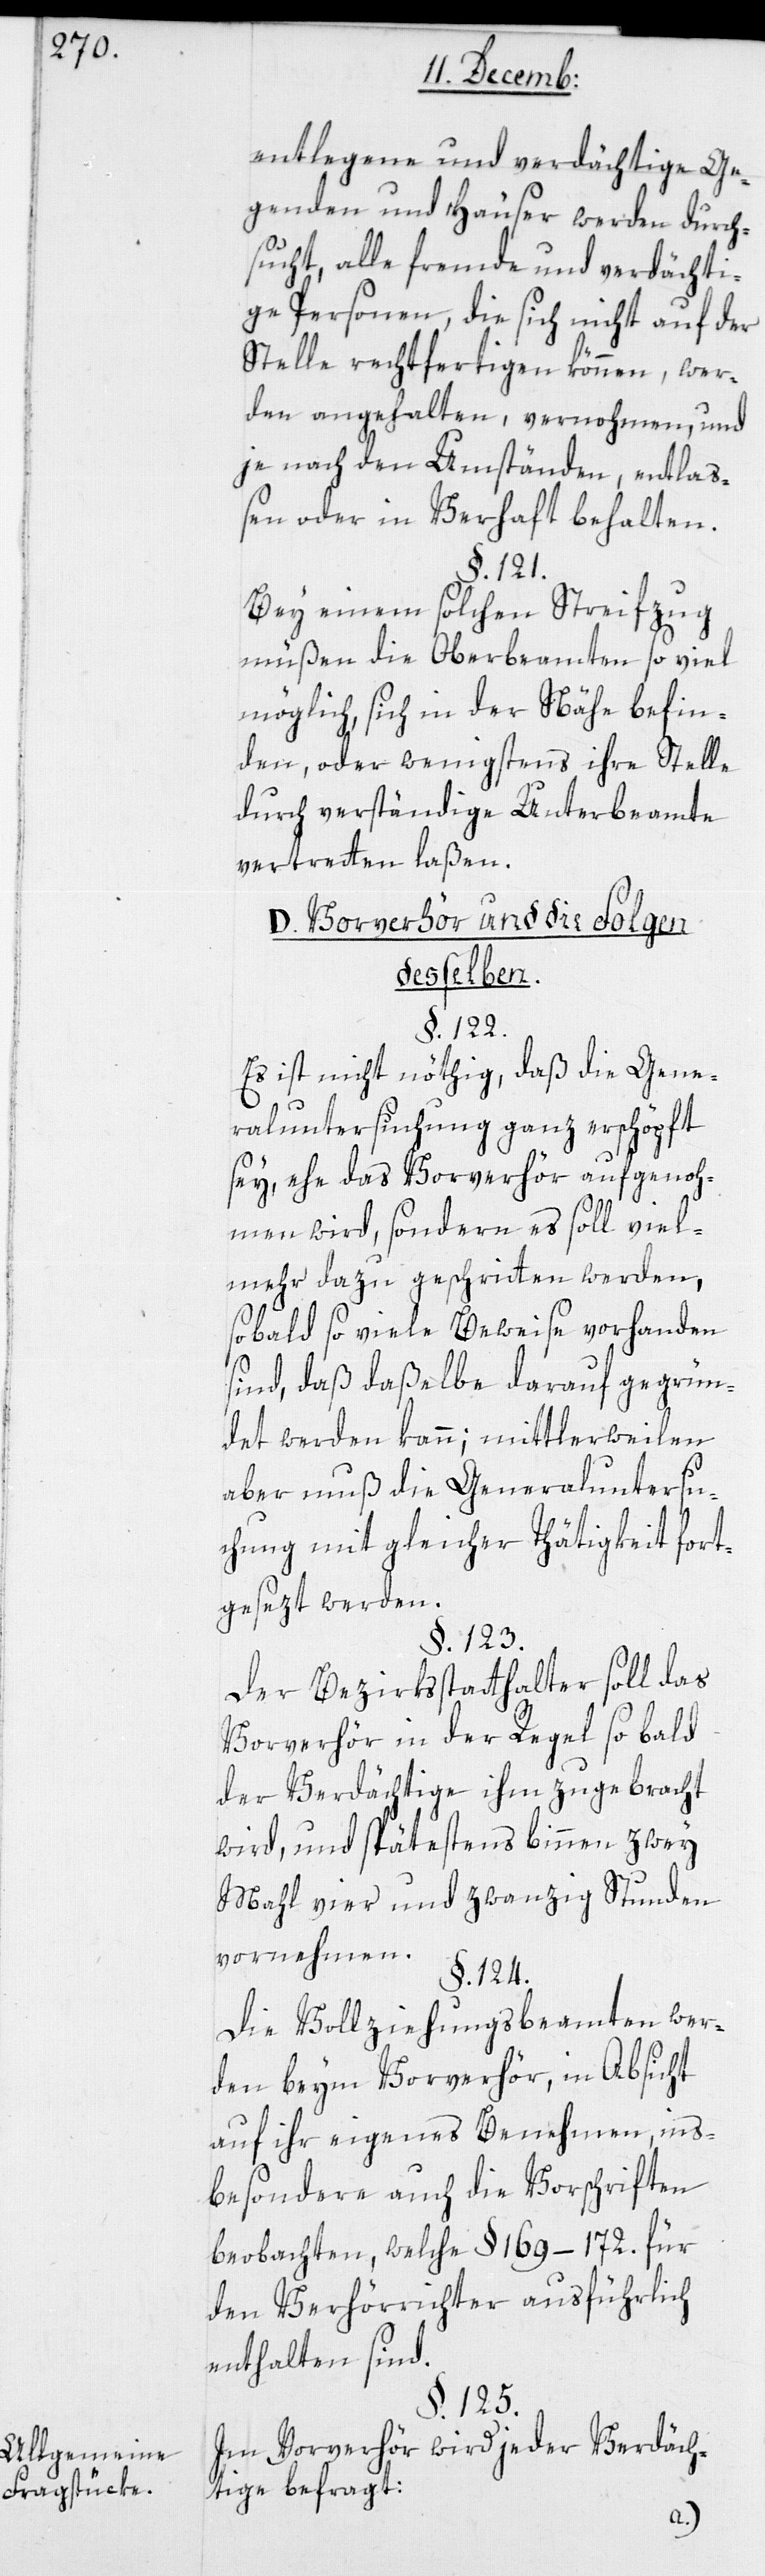
Allgemeine
Fragstücke.

entlegene und verdächtige Ge¬
genden und Häuser werden durch¬
sucht, alle fremde und verdächti¬
ge Personen, die sich nicht auf der
Stelle rechtfertigen können, wer¬
den angehalten, vernohmen und
je nach dem Umständen, entlaß¬
en oder in Verhaft behalten.
§. 121.
Bei einem solchen Streifzug
müßen die Oberbeamten so viel
möglich, sich in der Nähe befin¬
den, oder wenigstens ihre Stelle
durch verständige Unterbeamte
vertreten laßen.
D. Vorverhör und die Folgen
deßelben.
§. 122.
Es ist nicht nöthig, daß die Gene¬
raluntersuchung ganz erschöpft
sey, ehe das Vorverhör aufgenoh¬
men wird, sondern es soll viel¬
mehr dazu geschritten werden,
sobald so viele Beweise vorhanden
sind, daß daßelbe darauf gegrün¬
det werden kann; mittlerweilen
aber muß die Generaluntersu¬
chung mit gleicher Thätigkeit fort¬
gesezt werden.
§. 123.
Der Bezirksstatthalter soll das
Vorverhör in der Regel so bald
der Verdächtige ihm zugebracht
wird, und spätestens binnen zwey
Mahl vier und zwanzig Stunden
vornehmen.
§. 124.
Die Vollziehungsbeamten wer¬
den beym Vorverhör, in Absicht
auf ihr eigenes Benehmen, ins¬
besondere auch die Vorschriften
beobachten, welche §. 169. – 172. für
den Verhörrichter ausführlich
enthalten sind.
§. 125.
Im Vorverhör wird jeder Verdäch¬
tige befragt: